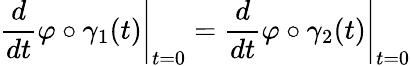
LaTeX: \left.{\frac{d}{dt}}\varphi\circ\gamma_{1}(t)\right|_{t=0}=\left.{\frac{d}{dt}}\varphi\circ\gamma_{2}(t)\right|_{t=0}